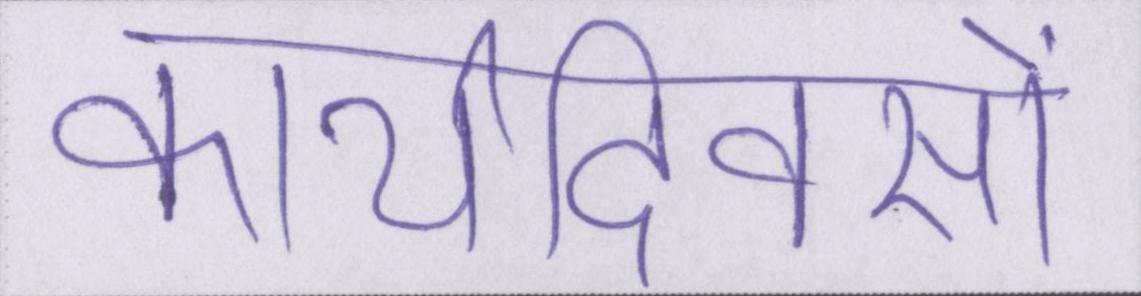
कार्यदिवसों